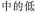
中的低